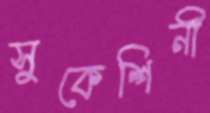
সুকেশিনী